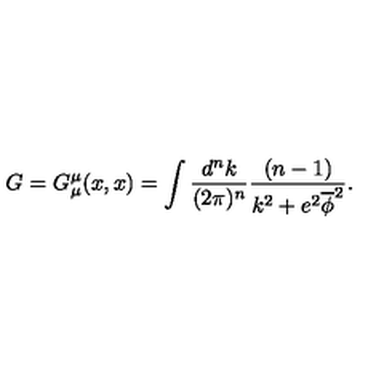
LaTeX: G = G _ { \mu } ^ { \mu } ( x , x ) = \int \frac { d ^ { n } k } { ( 2 \pi ) ^ { n } } \frac { ( n - 1 ) } { k ^ { 2 } + e ^ { 2 } \overline { \phi } ^ { 2 } } .